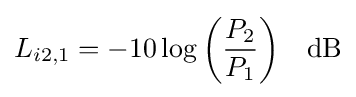
L_{i2,1}=-10\log {\left({\frac {P_{2}}{P_{1}}}\right)}\quad {\rm {dB}}